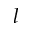
l